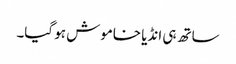
ساتھ ہی انڈیا خاموش ہو گیا۔